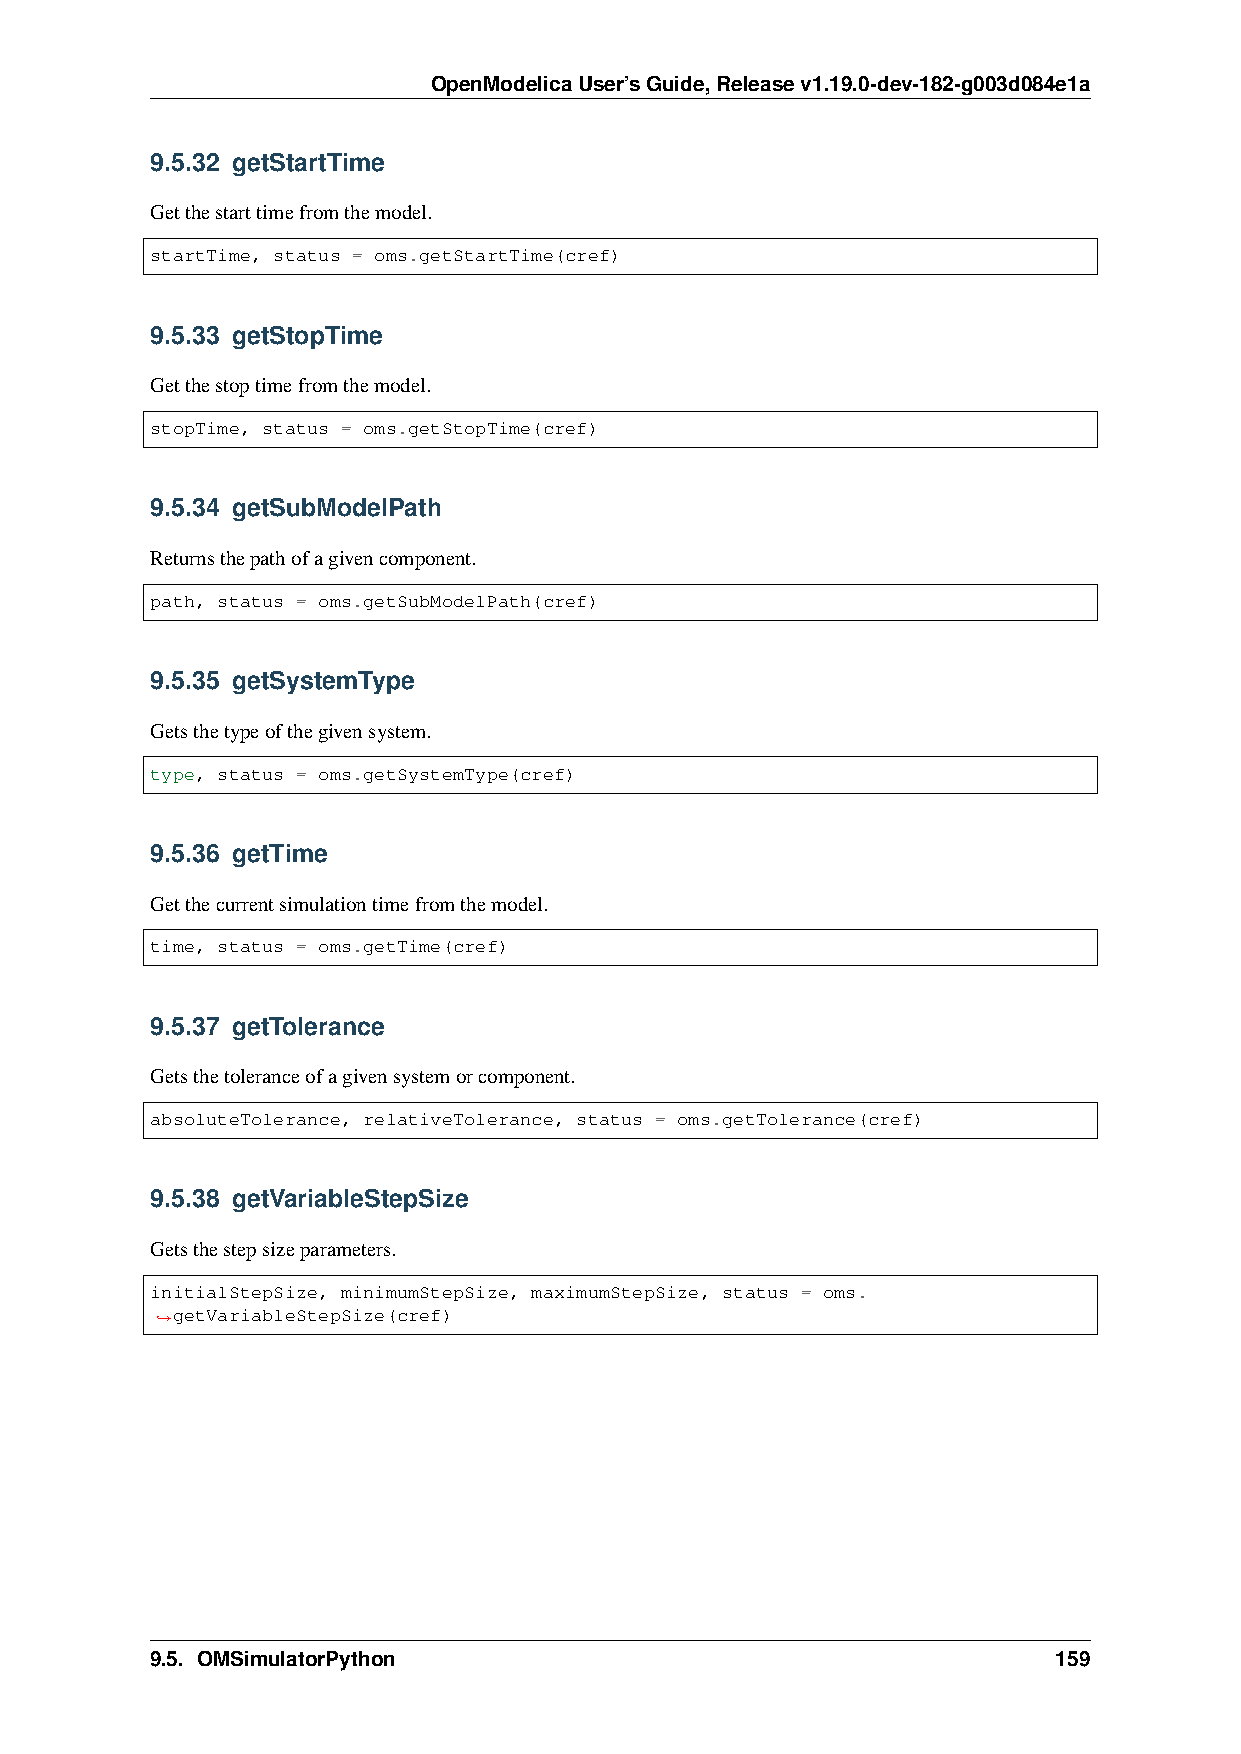
OpenModelicaUser’sGuide,Releasev1.19.0-dev-182-g003d084e1a
 9.5.32 getStartTime
 Getthestarttimefromthemodel.
 startTime, status = oms.getStartTime(cref)
 9.5.33 getStopTime
 Getthestoptimefromthemodel.
 stopTime, status = oms.getStopTime(cref)
 9.5.34 getSubModelPath
 Returnsthepathofagivencomponent.
 path, status = oms.getSubModelPath(cref)
 9.5.35 getSystemType
 Getsthetypeofthegivensystem.
 type, status = oms.getSystemType(cref)
 9.5.36 getTime
 Getthecurrentsimulationtimefromthemodel.
 time, status = oms.getTime(cref)
 9.5.37 getTolerance
 Getsthetoleranceofagivensystemorcomponent.
 absoluteTolerance, relativeTolerance, status = oms.getTolerance(cref)
 9.5.38 getVariableStepSize
 Getsthestepsizeparameters.
 initialStepSize, minimumStepSize, maximumStepSize, status = oms.
 getVariableStepSize(cref)
 ˓→
 9.5. OMSimulatorPython                                      159